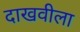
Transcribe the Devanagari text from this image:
दाखवीला